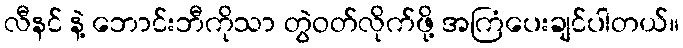
လီနင် နဲ့ ဘောင်းဘီကိုသာ တွဲဝတ်လိုက်ဖို့ အကြံပေးချင်ပါတယ်။